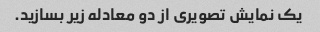
یک نمایش تصویری از دو معادله زیر بسازید.